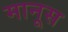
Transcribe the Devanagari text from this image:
मानूस